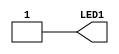
//------------------------------------------------------------------
//-- Verilog template
//-- Top entity
//-- Board: Kfir I
//------------------------------------------------------------------
`default_nettype none

//-- Template for the top entity
module top(output wire LED1);

//-- Turn on the LED1 on the board
assign LED1 = 1'b1;

endmodule